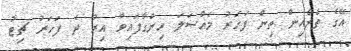
އޭގެ ތެރެއިން ތިން ފަހަރު މައްސަލަ ހިންގާފައިވާ އިރު ދެ ފަހަރު ޗިޓު